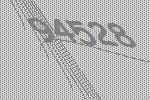
94528